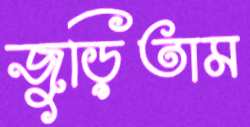
জুড়িতাম